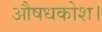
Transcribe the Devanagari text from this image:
औषधकोश।